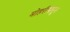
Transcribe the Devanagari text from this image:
मोहरीपासून